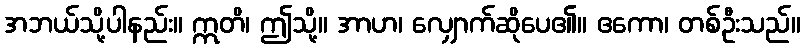
အဘယ်သို့ပါနည်း။ ဣတိ၊ ဤသို့။ အာဟ၊ လျှောက်ဆိုပေ၏။ ဧကော၊ တစ်ဦးသည်။